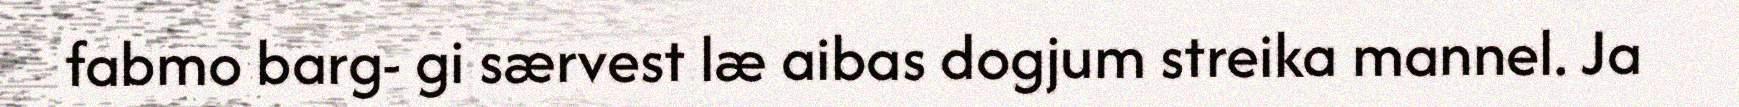
fabmo barg- gi særvest læ aibas dogjum streika mannel. Ja